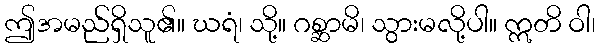
ဤအမည်ရှိသူ၏။ ဃရံ၊ သို့။ ဂစ္ဆာမိ၊ သွားမလို့ပါ။ ဣတိ ဝါ၊